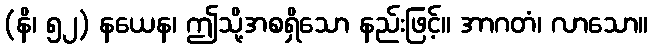
(နိ၊ ၅၂) နယေန၊ ဤသို့အစရှိသော နည်းဖြင့်။ အာဂတံ၊ လာသော။